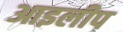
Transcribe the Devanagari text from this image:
आइलीप